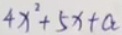
4 x ^ { 2 } + 5 x + a